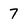
Character: 7